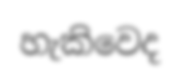
හැකිවෙද